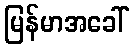
မြန်မာအခေါ်